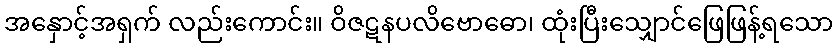
အနှောင့်အရှက် လည်းကောင်း။ ဝိဇဋနပလိဗောဓော၊ ထုံးပြီးသျှောင်ဖြေဖြန့်ရသော